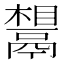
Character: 𬴷